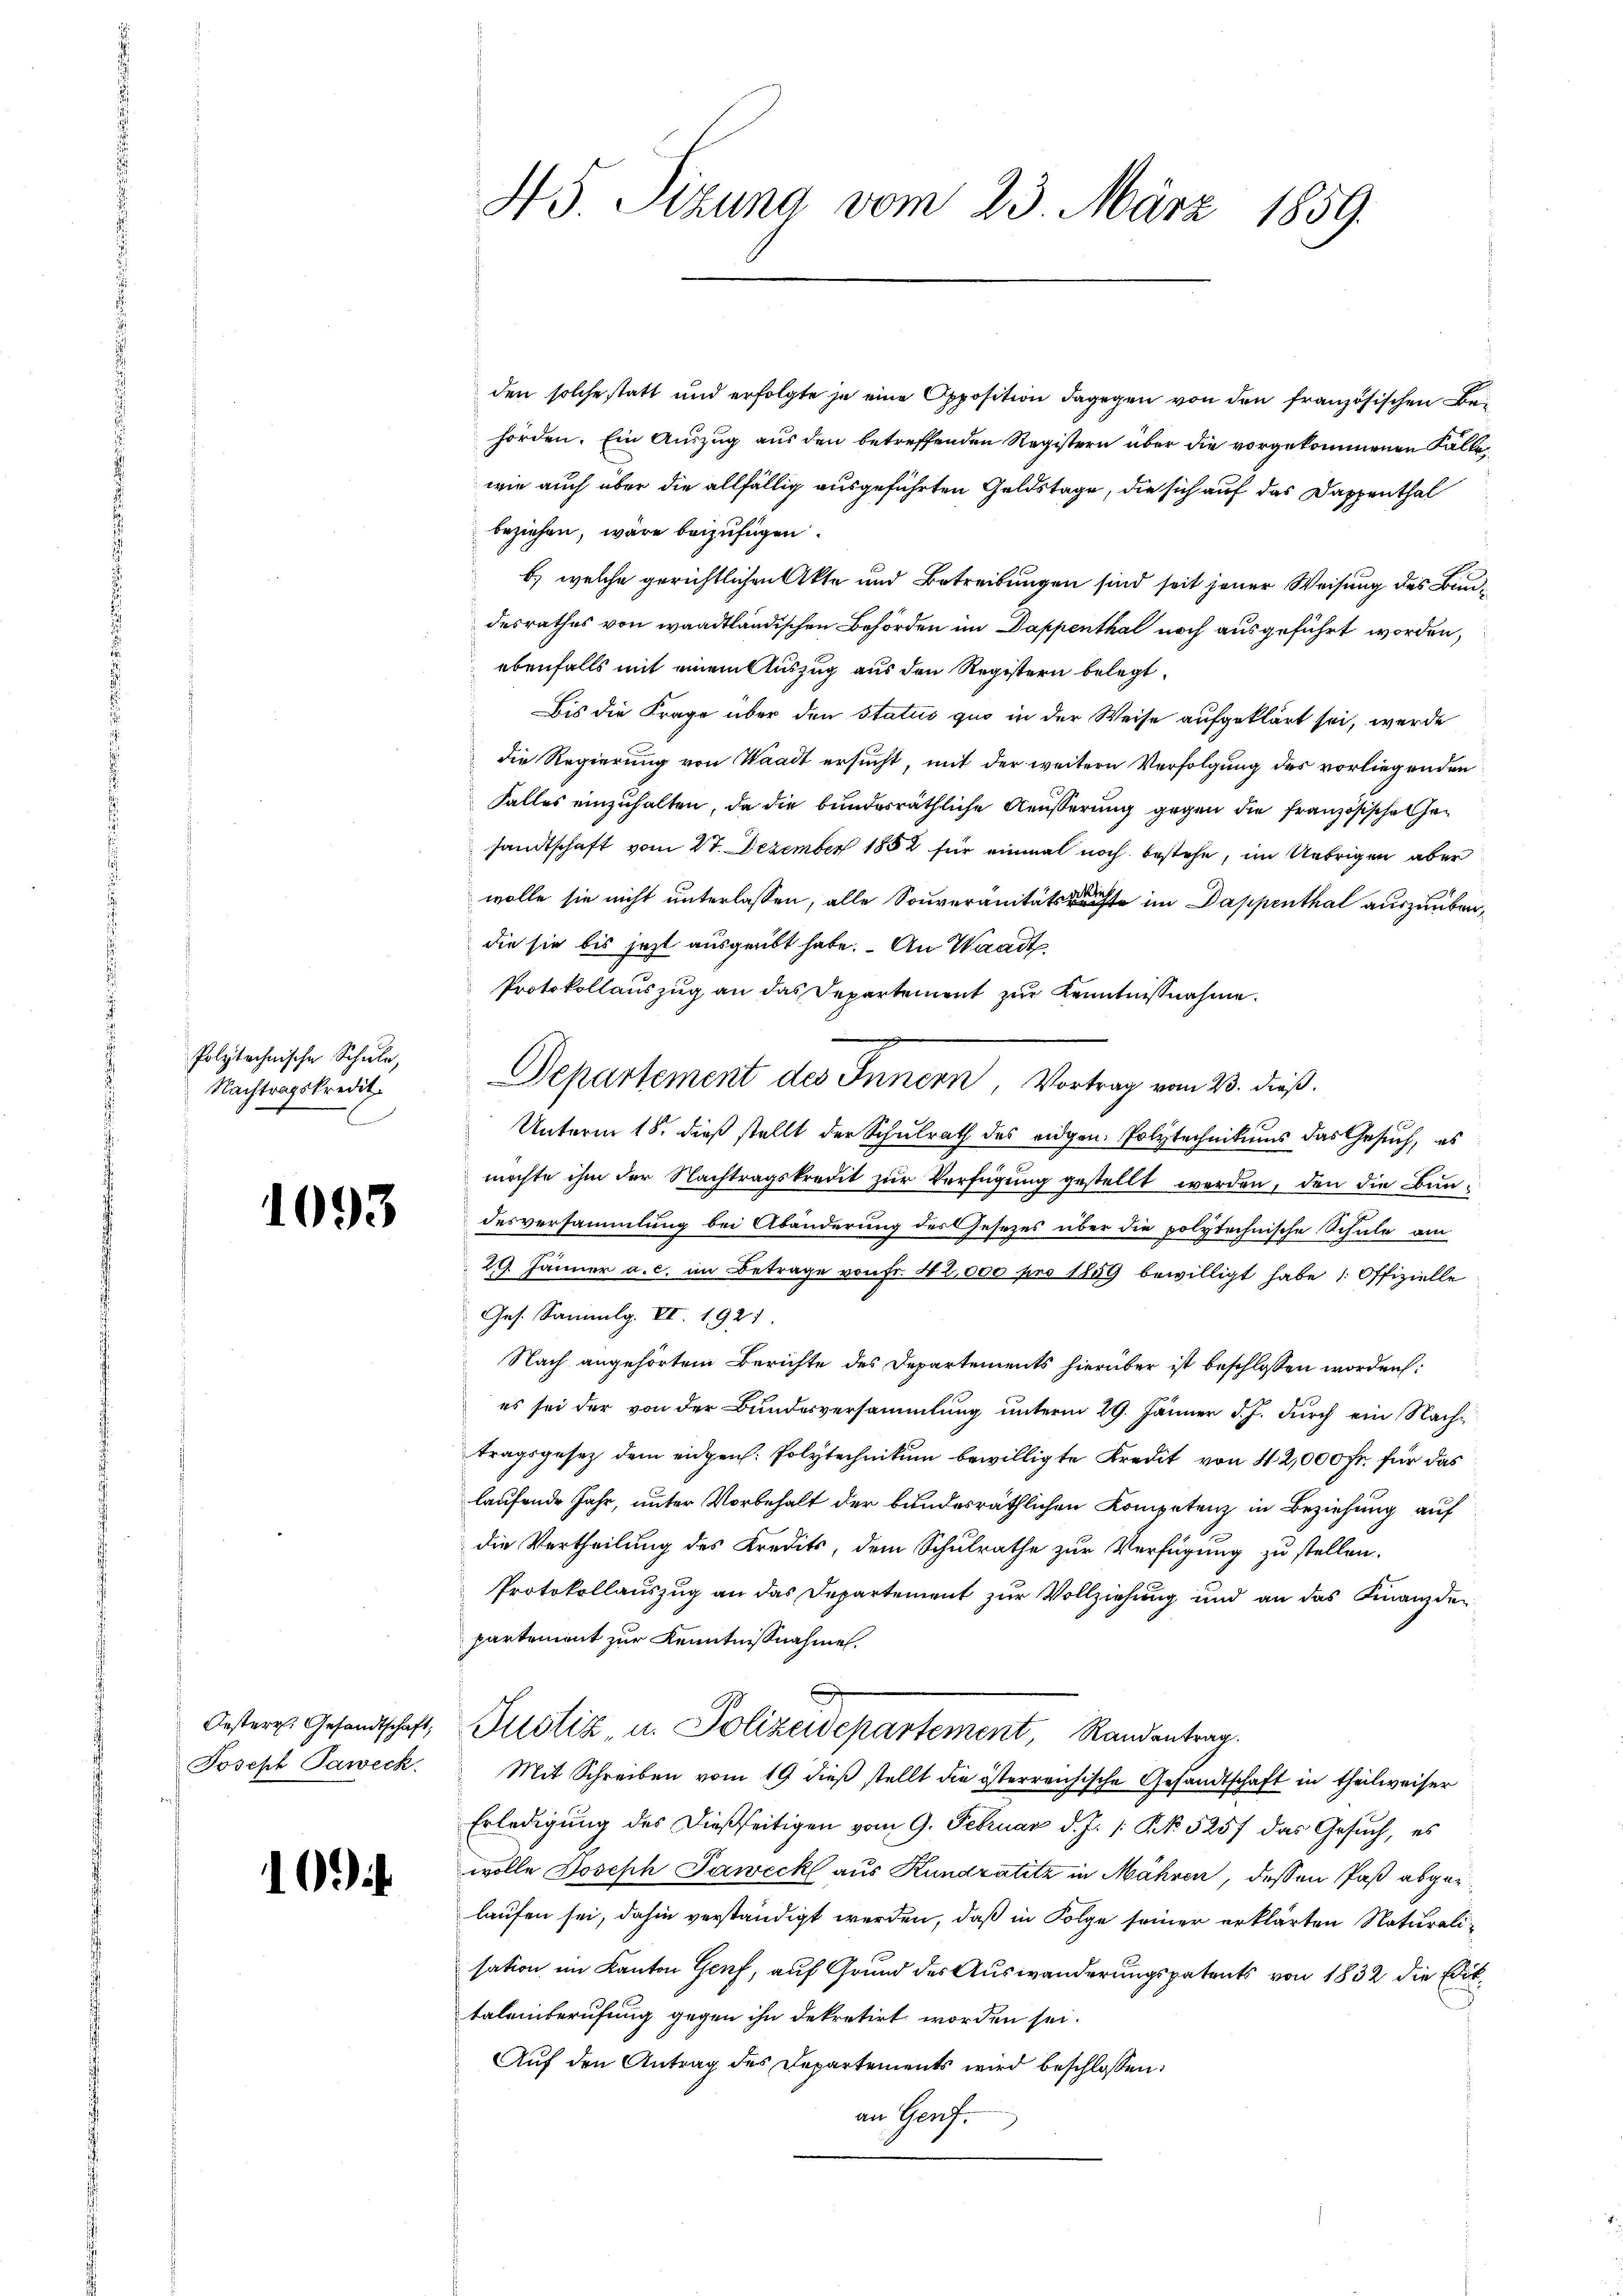
Polytechnische Schule,
Nachtragskredit.

1093

Joseph Paweck.

10.4.

45. Sizung vom 23. März 1859.

den solche statt und erfolgte je eine Opposition dagegen von den französischen Behörden. Ein Auszug aus den betreffenden Registern über die vorgekommenen Fallewie auch über die allfällig ausgeführten Geldstage, die sich auf das Dappenthal
beziehen, wäre beizufügen.
b) welche gerichtlichen Akte und Betreibungen sind seit jener Weisung des Bunddesrathes von waadtländischen Behörden im Dappenthal noch ausgeführt worden,
ebenfalls mit einem Auszug aus den Registern belegt.
Bis die Frage über den status quo in der Weise aufgeklärt sei, werde
die Regierung von Waadt ersucht, mit der weitere Verfolgung des vorliegenden
Falles einzuhalten, da die bundesräthliche Aeusserung gegen die Französischehesandtschaft vom 27. Dezember 1882 für einmal noch bestehe, im Uebrigen aber
wolle sie nicht unterlassen, alle Souveränitätsrechte im Dappenthal auszuübendie sie bis jezt ausgeübt habe. An Waadt
Protokollauszug an das Departement zur Kenntnißnahme.
Departement des Innern, Vortrag vom 23. dieß.
Unterm 18. dieß stellt der Schulrath des eidgen. Polytechnikums das Gesuch, es
möchte ihm der Nachtragskredit zur Verfügung gestellt werden, den die Bundesversammlung bei Abänderung des Gesezes über die polytechnische Schule am
29. Jänner a. c. im Betrage von Fr. 42,000 pro 1859 bewilligt habe (Offizielle
Ges. Sammlg. VI. 1921
Nach angehörtem Berichte des Departements hierüber ist beschlossen worden
es sei der von der Bundesversammlung unterm 29. Jänner d. J. durch ein Nachtragsgesetz dem eidgen. Polytechnikum bewilligte Kredit von 42,000 Fr. für das
laufende Jahr, unter Vorbehalt der bundesräthlichen Kompetenz in Beziehung auf
die Vertheilung des Kredits, dem Schulrathe zur Verfügung zu stellen.
Protokollauszug an das Departement zur Vollziehung und an das Finanzdepartement zur Kenntnißnahme.
Oesterr. Gesandtschaft, Justiz- u. Polizeidepartement, Randentrag.
Mit Schreiben vom 19 dieß stellt die österreichische Gesandtschaft in theilweiser
Erledigung des dießseitigen vom 9. Februar d. J. 1. No. 5257 das Gesuch, es
wolle Joseph Paweck aus Kundratitz in Mähren, dessen Paß abgelaufen sei, dahin verständigt werden, daß in Folge seiner erklärten Naturalisation im Kanton Genf, auf Grund des Auswanderungspatents von 1832 die Diktaleinberufung gegen ihn dekretirt worden sei.
Auf den Antrag des Departements wird beschlossen:
an Genf.